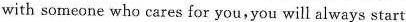
with soneone who cares for you,you will always start